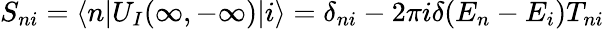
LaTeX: S_{ni}=\langle n\lvert U_{I}(\infty,-\infty)\lvert i\rangle=\delta_{ni}-2\pi i\delta(E_{n}-E_{i})T_{ni}